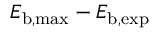
E _ { \mathrm { b , m a x } } - E _ { \mathrm { b , e x p } }